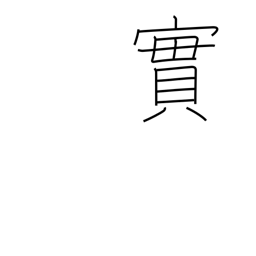
Meaning: truth